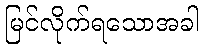
မြင်လိုက်ရသောအခါ